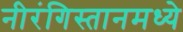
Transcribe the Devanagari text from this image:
नीरंगिस्तानमध्ये